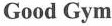
Good Gym